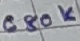
Text: 680K